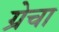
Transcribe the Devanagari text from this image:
ग्रेचा